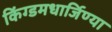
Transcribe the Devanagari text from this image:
किंग्डमधार्जिण्या